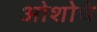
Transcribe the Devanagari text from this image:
ओशोचे